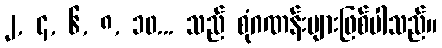
၂, ၄, ၆, ၈, ၁၀... သည် စုံဂဏန်းများဖြစ်ပါသည်။